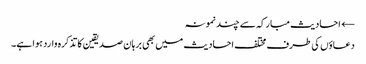
← احادیث مبارکہ سے چند نمونہ
دعاؤں کی طرف مختلف احادیث میں بھی برہان صدیقین کا تذکرہ وارد ہوا ہے۔